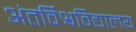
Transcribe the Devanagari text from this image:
अंतर्विश्वविद्यालय